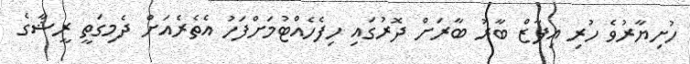
ހުށިޔާރުވެ ހުރި އިފާޒް ބާރު ބާރަށް ދޮރުގައި ހިފެހެއްޓުމަށްފަހު އެތެރެއަށް ދެމިގަތީ ރީޝާގެ